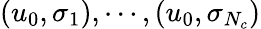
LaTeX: \left(u_{0},\sigma_{1}\right),\cdots,\left(u_{0},\sigma_{N_{c}}\right)